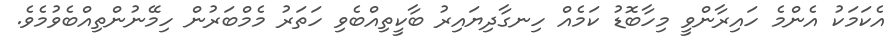
އެކަމަކު އެންމެ ހައިރާންވީ މިހާބޮޑު ކަމެއް ހިނގާދިޔައިރު ބާކީތިއްބެވި ހަތަރު މެމްބަރުން ހިމޭނުންތިއްބެވުމެވެ.